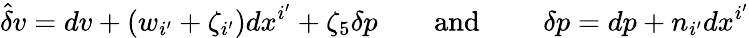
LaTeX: \hat{\delta}v=dv+(w_{i^{\prime}}+\zeta_{i^{\prime}})dx^{i^{\prime}}+\zeta_{5}\delta p\qquad\mathrm{and~}\qquad\delta p=dp+n_{i^{\prime}}dx^{i^{\prime}}